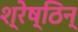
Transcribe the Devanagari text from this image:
श्रेष्ठिन्